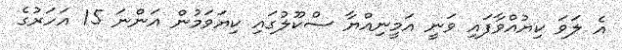
އެ ލަވަ ކިޔުއްވާފައި ވަނީ އަމީނިއްޔާ ސްކޫލުގައި ކިޔަވަމުން އަންނަ 15 އަހަރުގެ